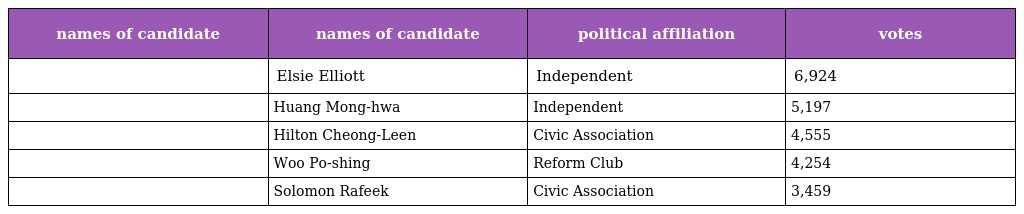
| names of candidate | names of candidate | political affiliation | votes |
 | --- | --- | --- | --- |
 |  | Elsie Elliott | Independent | 6,924 |
 |  | Huang Mong-hwa | Independent | 5,197 |
 |  | Hilton Cheong-Leen | Civic Association | 4,555 |
 |  | Woo Po-shing | Reform Club | 4,254 |
 |  | Solomon Rafeek | Civic Association | 3,459 |